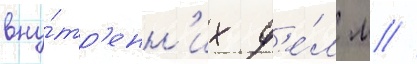
вну́тр'енн'их д'е́л м //